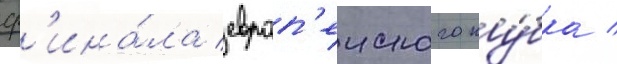
ф'ина́ла европ'еиского ку́бка /